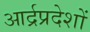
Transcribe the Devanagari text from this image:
आर्द्रप्रदेशों